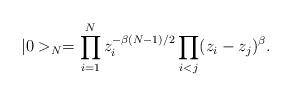
LaTeX: \begin{align*}|0>_{N}=\prod_{i=1}^N z_i^{-\beta (N-1)/2}\prod_{i<j} (z_i-z_j)^\beta .\end{align*}